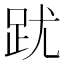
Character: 𲃘